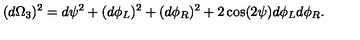
( d \Omega _ { 3 } ) ^ { 2 } = d \psi ^ { 2 } + ( d \phi _ { L } ) ^ { 2 } + ( d \phi _ { R } ) ^ { 2 } + 2 \cos ( 2 \psi ) d \phi _ { L } d \phi _ { R } .